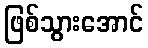
ဖြစ်သွားအောင်